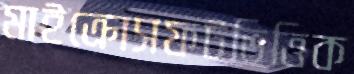
মাইক্রোসফটভিত্তিক